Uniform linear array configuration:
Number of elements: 12
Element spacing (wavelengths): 0.5
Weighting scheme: uniform
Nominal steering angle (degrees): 45
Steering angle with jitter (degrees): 43.376
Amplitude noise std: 0.05
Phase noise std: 0.05

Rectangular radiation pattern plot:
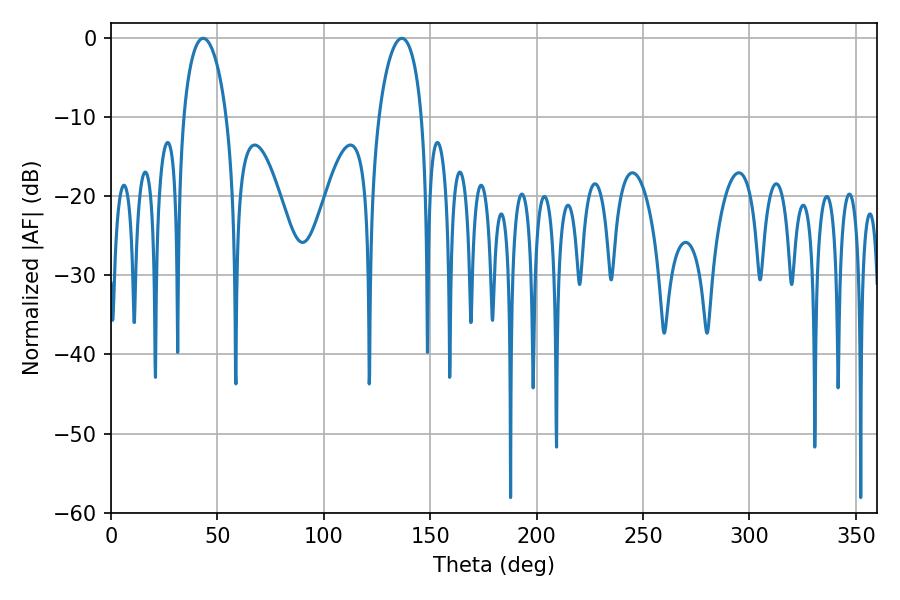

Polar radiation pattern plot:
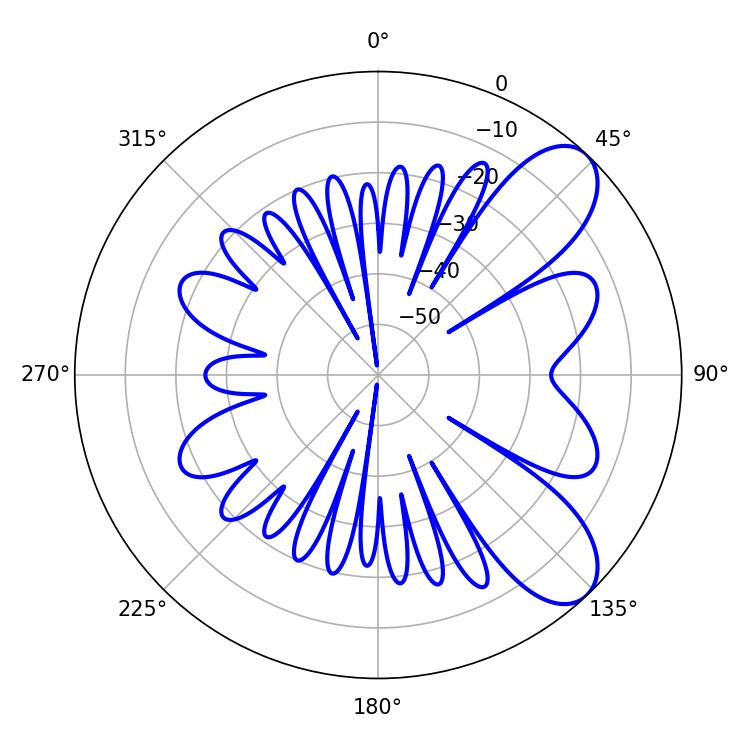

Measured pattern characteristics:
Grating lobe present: FALSE
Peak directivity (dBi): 8.21
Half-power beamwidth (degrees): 11.52
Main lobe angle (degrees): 43.38